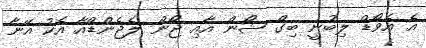
އެ އެވޯޑް ލިބުނީ ބިގް ޝޯން އާއި ޖޯން ލެޖެންޑްއާ އެކު އޭނާ